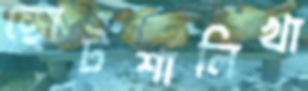
ছোটশালিখা